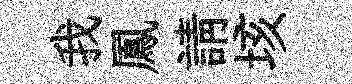
我鳳請垓